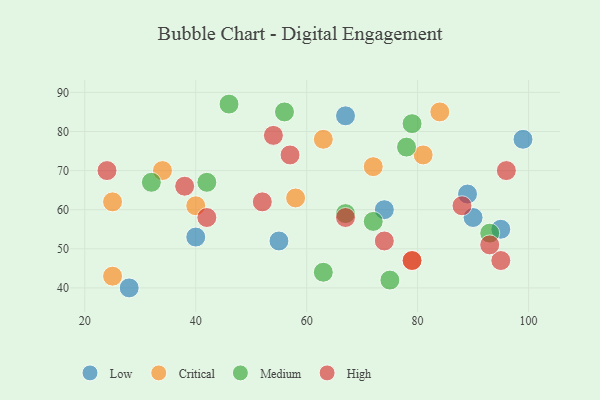
{"axis": {"x": "GDP", "y": "Life Expectancy"}, "legend": ["Critical", "High", "Low", "Medium"], "data": [{"x": "89", "y": 64, "type": "Low"}, {"x": "90", "y": 58, "type": "Low"}, {"x": "95", "y": 55, "type": "Low"}, {"x": "74", "y": 60, "type": "Low"}, {"x": "67", "y": 84, "type": "Low"}, {"x": "55", "y": 52, "type": "Low"}, {"x": "99", "y": 78, "type": "Low"}, {"x": "28", "y": 40, "type": "Low"}, {"x": "40", "y": 53, "type": "Low"}, {"x": "72", "y": 71, "type": "Critical"}, {"x": "63", "y": 78, "type": "Critical"}, {"x": "25", "y": 62, "type": "Critical"}, {"x": "25", "y": 43, "type": "Critical"}, {"x": "81", "y": 74, "type": "Critical"}, {"x": "40", "y": 61, "type": "Critical"}, {"x": "58", "y": 63, "type": "Critical"}, {"x": "79", "y": 47, "type": "Critical"}, {"x": "34", "y": 70, "type": "Critical"}, {"x": "84", "y": 85, "type": "Critical"}, {"x": "79", "y": 82, "type": "Medium"}, {"x": "67", "y": 59, "type": "Medium"}, {"x": "72", "y": 57, "type": "Medium"}, {"x": "46", "y": 87, "type": "Medium"}, {"x": "93", "y": 54, "type": "Medium"}, {"x": "56", "y": 85, "type": "Medium"}, {"x": "63", "y": 44, "type": "Medium"}, {"x": "32", "y": 67, "type": "Medium"}, {"x": "42", "y": 67, "type": "Medium"}, {"x": "75", "y": 42, "type": "Medium"}, {"x": "78", "y": 76, "type": "Medium"}, {"x": "24", "y": 70, "type": "High"}, {"x": "79", "y": 47, "type": "High"}, {"x": "88", "y": 61, "type": "High"}, {"x": "96", "y": 70, "type": "High"}, {"x": "95", "y": 47, "type": "High"}, {"x": "74", "y": 52, "type": "High"}, {"x": "67", "y": 58, "type": "High"}, {"x": "54", "y": 79, "type": "High"}, {"x": "38", "y": 66, "type": "High"}, {"x": "52", "y": 62, "type": "High"}, {"x": "93", "y": 51, "type": "High"}, {"x": "57", "y": 74, "type": "High"}, {"x": "42", "y": 58, "type": "High"}]}